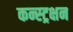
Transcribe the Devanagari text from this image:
कन्स्ट्रक्षन